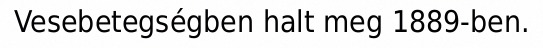
Vesebetegségben halt meg 1889-ben.